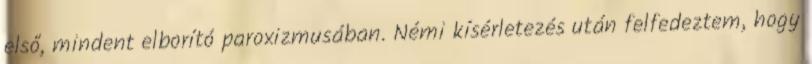
első, mindent elborító paroxizmusában. Némi kísérletezés után felfedeztem, hogy